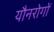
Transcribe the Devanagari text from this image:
यौनरोगों